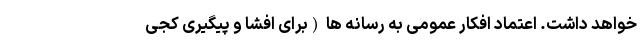
خواهد داشت. اعتماد افکار عمومی به رسانه ها (برای افشا و پیگیری کجی